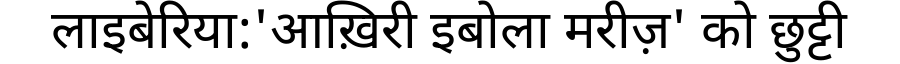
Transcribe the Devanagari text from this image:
लाइबेरिया:'आख़िरी इबोला मरीज़' को छुट्टी